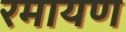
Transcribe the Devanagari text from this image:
रमायण